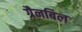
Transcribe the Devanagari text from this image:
ग्रैनबिल